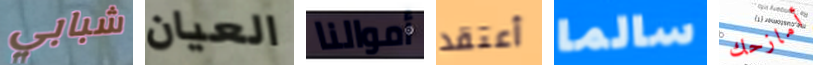
شبابي العيان أموالنا أعتقد سالما أمازحك